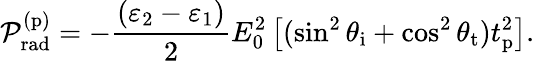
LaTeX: \mathcal{P}_{\mathrm{rad}}^{(\mathrm{p})}=-\frac{(\varepsilon_{2}-\varepsilon_{1})}{2}E_{0}^{2}\left[(\sin^{2}\theta_{\mathrm{i}}+\cos^{2}\theta_{\mathrm{t}})t_{\mathrm{p}}^{2}\right].